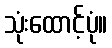
သုံးထောင့်ပုံ။